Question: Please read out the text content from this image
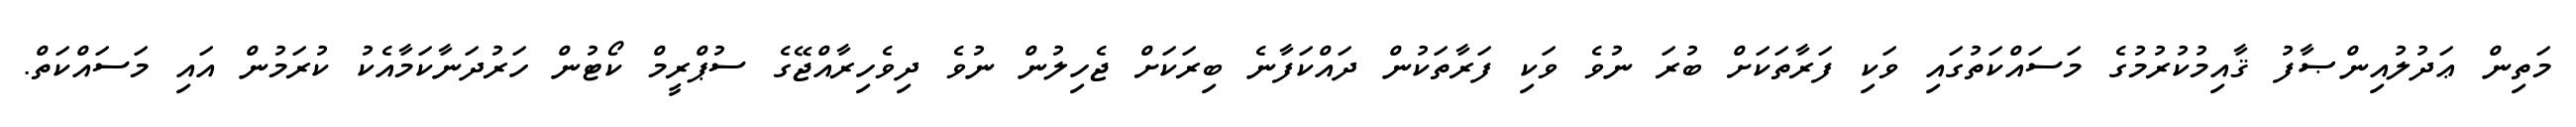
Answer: މަތިން ޢަދުލުއިންޞާފު ޤާއިމުކުރުމުގެ މަސައްކަތުގައި ވަކި ފަރާތަކަށް ބުރަ ނުވެ ވަކި ފަރާތަކުން ދައްކަފާނެ ބިރަކަށް ޖެހިލުން ނުވެ ދިވެހިރާއްޖޭގެ ސުޕްރީމް ކޯޓުން ހަރުދަނާކަމާއެކު ކުރަމުން އައި މަސައްކަތް.